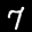
Label: 7